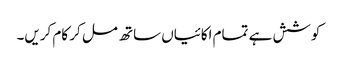
کوشش ہے تمام اکائیاں ساتھ مل کر کام کریں۔